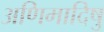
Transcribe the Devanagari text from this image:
अणिमादिषु